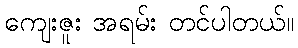
ကျေးဇူး အရမ်း တင်ပါတယ်။